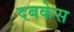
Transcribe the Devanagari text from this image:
दबकेस